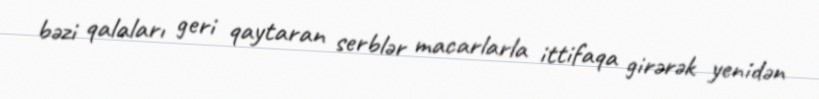
bəzi qalaları geri qaytaran serblər macarlarla ittifaqa girərək yenidən